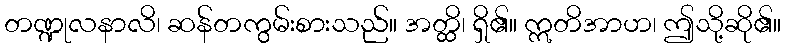
တဏ္ဍုလနာလိ၊ ဆန်တကွမ်းစားသည်။ အတ္ထိ၊ ရှိ၏။ ဣတိအာဟ၊ ဤသို့ဆို၏။